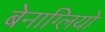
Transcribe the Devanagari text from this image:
बेनाग्लियो